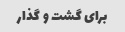
برای گشت و گذار